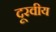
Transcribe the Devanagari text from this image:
दूरवीय